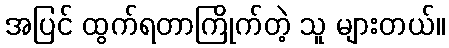
အပြင် ထွက်ရတာကြိုက်တဲ့ သူ များတယ်။